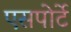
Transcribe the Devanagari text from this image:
एसपोर्टे